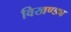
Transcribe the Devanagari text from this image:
विखण्ड्य